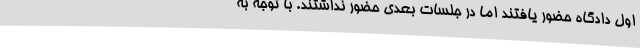
اول دادگاه حضور یافتند اما در جلسات بعدی حضور نداشتند. با توجه به